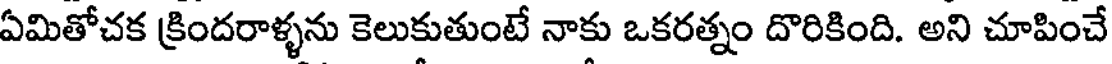
ఏమితోచక క్రిందరాళ్ళను కెలుకుతుంటే నాకు ఒకరత్నం దొరికింది. అని చూపించే